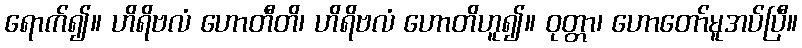
ရောက်၍။ ဟိရိဗလံ ဟောတီတိ၊ ဟိရိဗလံ ဟောတိဟူ၍။ ဝုတ္တာ၊ ဟောတော်မူအပ်ပြီ။